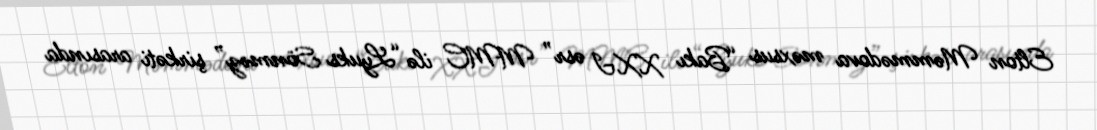
Elton Məmmədova məxsus “Bakı XXI əsr” MMC ilə “Lyuks Sönməz” şirkəti arasında